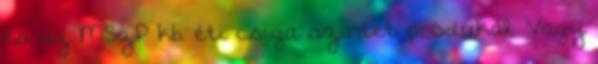
és az MSzP kb. éti csiga szintet produkál. Vagy